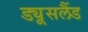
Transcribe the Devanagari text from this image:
ड्यूसलैंड